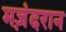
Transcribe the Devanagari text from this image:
मज़ंदरान